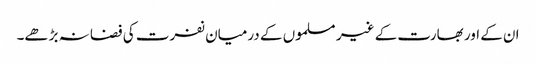
ان کے اور بھارت کے غیر مسلموں کے درمیان نفرت کی فضا نہ بڑھے۔